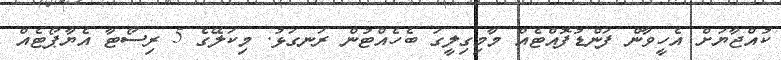
ކުއްޖާޔަށް އެހީވާން ފަންޑުފޮއްޓެއް މާމިގިލީގަ ބެހެއްޓުން ރަނގަޅު. މިކަލޭގެ 5 ރިސޯޓާ އެޔާޕޯޓެއް